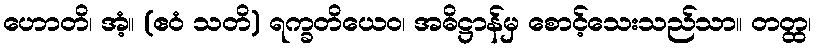
ဟောတိ၊ အံ့။ (ဧဝံ သတိ) ရက္ခတိယေဝ၊ အဓိဋ္ဌာန်မှ စောင့်သေးသည်သာ။ တတ္ထ၊